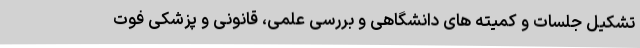
تشکیل جلسات و کمیته های دانشگاهی و بررسی علمی، قانونی و پزشکی فوت